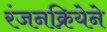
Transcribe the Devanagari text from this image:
रंजनक्रियेने